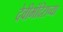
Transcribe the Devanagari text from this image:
देवीमंदिराच्या